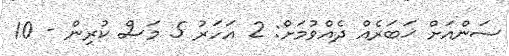
ސަންއަށް ޚަބަރެއް ދެއްވުމަށް: 2 އަހަރު 5 މަސް ކުރިން - 10